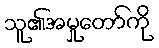
သူ၏အမှုတော်ကို